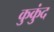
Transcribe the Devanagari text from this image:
कुकुंद